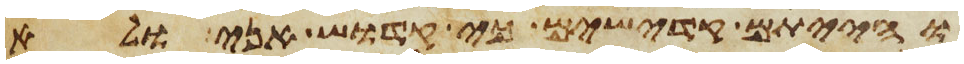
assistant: והייתם קדישים כי קדוש אני ולא